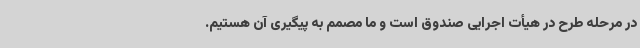
در مرحله طرح در هیأت اجرایی صندوق است و ما مصمم به پیگیری آن هستیم.